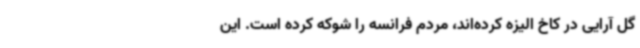
گل آرایی در کاخ الیزه کرده‌اند، مردم فرانسه را شوکه کرده است. این